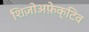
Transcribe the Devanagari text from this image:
शिज़ोअफ़ेक्टिव